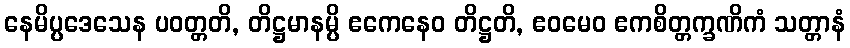
နေမိပ္ပဒေသေန ပဝတ္တတိ, တိဋ္ဌမာနမ္ပိ ဧကေနေဝ တိဋ္ဌတိ, ဧဝမေဝ ဧကစိတ္တက္ခဏိကံ သတ္တာနံ